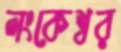
লংকেশ্বর